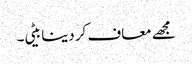
مجھے معاف کر دینا بیٹی۔